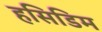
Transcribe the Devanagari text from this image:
हसिडिम